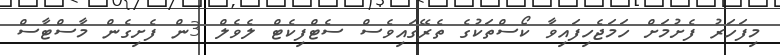
މިފަހަރު ފެށުމަށް ހަމަޖެހިފައިވާ ކޯސްތަކުގެ ތެރޭގައިވެސް ސެޓްފިކެޓް ލެވެލް 3ން ފެށިގެން މާސްޓާސް